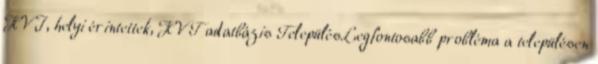
HVI, helyi érintettek, HVT adatbázis TelepülésLegfontosabb probléma a településen